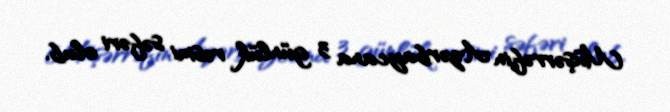
Müşərrəfin Azərbaycana 3 günlük rəsmi səfəri olub.